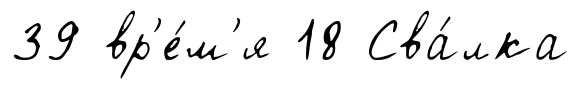
39 вр'е́м'я 18 Сва́лка